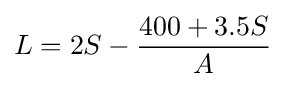
L=2S-{\frac {400+3.5S}{A}}